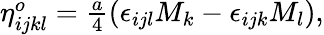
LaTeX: \begin{array}{r}{\eta_{ijkl}^{o}=\frac{a}{4}\left(\epsilon_{ijl}M_{k}-\epsilon_{ijk}M_{l}\right),}\end{array}